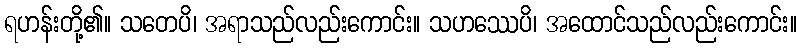
ရဟန်းတို့၏။ သတေပိ၊ အရာသည်လည်းကောင်း။ သဟဿေပိ၊ အထောင်သည်လည်းကောင်း။